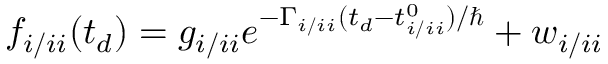
f _ { i / i i } ( t _ { d } ) = g _ { i / i i } e ^ { - \Gamma _ { i / i i } ( t _ { d } - t _ { i / i i } ^ { 0 } ) / \hbar } + w _ { i / i i }